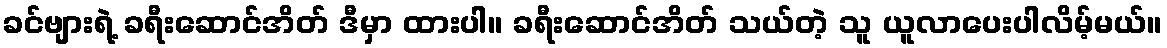
ခင်ဗျားရဲ့ ခရီးဆောင်အိတ် ဒီမှာ ထားပါ။ ခရီးဆောင်အိတ် သယ်တဲ့ သူ ယူလာပေးပါလိမ့်မယ်။